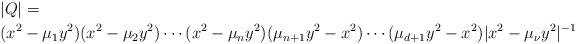
LaTeX: \begin{align*} &|Q|=\\ &(x^2-\mu_1y^2)(x^2-\mu_2y^2)\cdots(x^2-\mu_ny^2)(\mu_{n+1}y^2-x^2)\cdots (\mu_{d+1}y^2-x^2)|x^2-\mu_{\nu}y^2|^{-1} \end{align*}